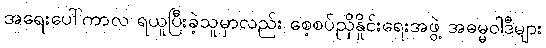
အရေးပေါ်ကာလ ရယူပြီးခဲ့သူမှာလည်း စေ့စပ်ညှိနှိုင်းရေးအဖွဲ့ အဓမ္မဝါဒီများ